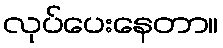
လုပ်ပေးနေတာ။